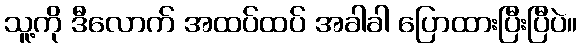
သူ့ကို ဒီလောက် အထပ်ထပ် အခါခါ ပြောထားပြီးပြီပဲ။